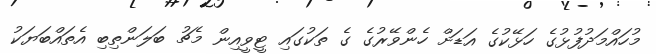
މުހައްމަދުފުޅުގެ ހަޅޭކުގެ އަޑަށް ހެންވޭރުގެ ގެ ތަކުގައި ޓީވީއިން މެޗު ބަލަންތިބި އެތައްބަޔަކު